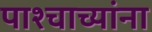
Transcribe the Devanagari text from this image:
पाश्चाच्यांना